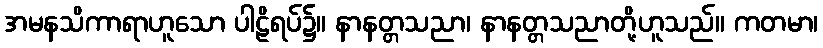
အမနသိကာရာဟူသော ပါဠိရပ်၌။ နာနတ္တသညာ၊ နာနတ္တသညာတို့ဟူသည်။ ကတမာ၊